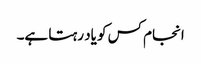
انجام کس کو یاد رہتا ہے۔